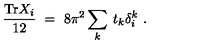
\frac { \mathrm { T r } X _ { i } } { 1 2 } \ = \ 8 \pi ^ { 2 } \sum _ { k } \: t _ { k } \delta _ { i } ^ { k } \ .